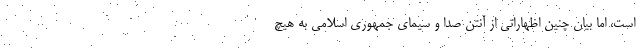
است، اما بیان چنین اظهاراتی از آنتن صدا و سیمای جمهوری اسلامی به هیچ